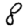
Digit: 8